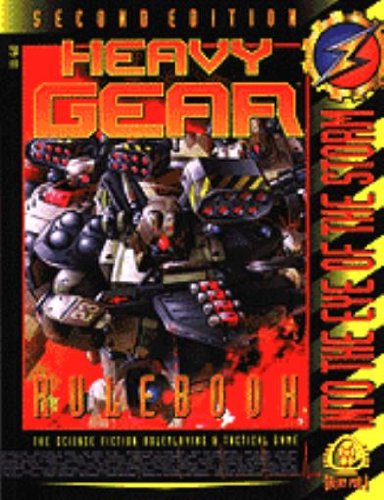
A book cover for Heavy Gear Rulebook, 2nd Edition (Dream Pod 9); Philippe R. Boulle; Literature & Fiction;